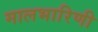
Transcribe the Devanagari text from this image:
मालभारिणी